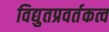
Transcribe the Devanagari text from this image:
विद्युतप्रवर्तकत्व